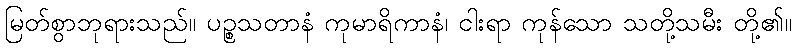
မြတ်စွာဘုရားသည်။ ပဉ္စသတာနံ ကုမာရိကာနံ၊ ငါးရာ ကုန်သော သတို့သမီး တို့၏။